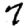
Digit: 7